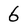
Character: 6